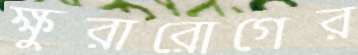
ক্ষুরারোগের